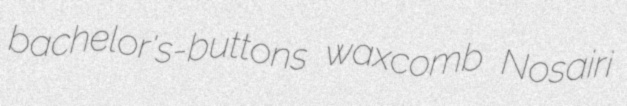
bachelor's-buttons waxcomb Nosairi